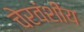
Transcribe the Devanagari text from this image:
चेरवंशीय